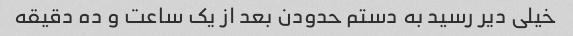
خیلی دیر رسید به دستم حدودن بعد از یک ساعت و ده دقیقه